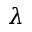
\lambda